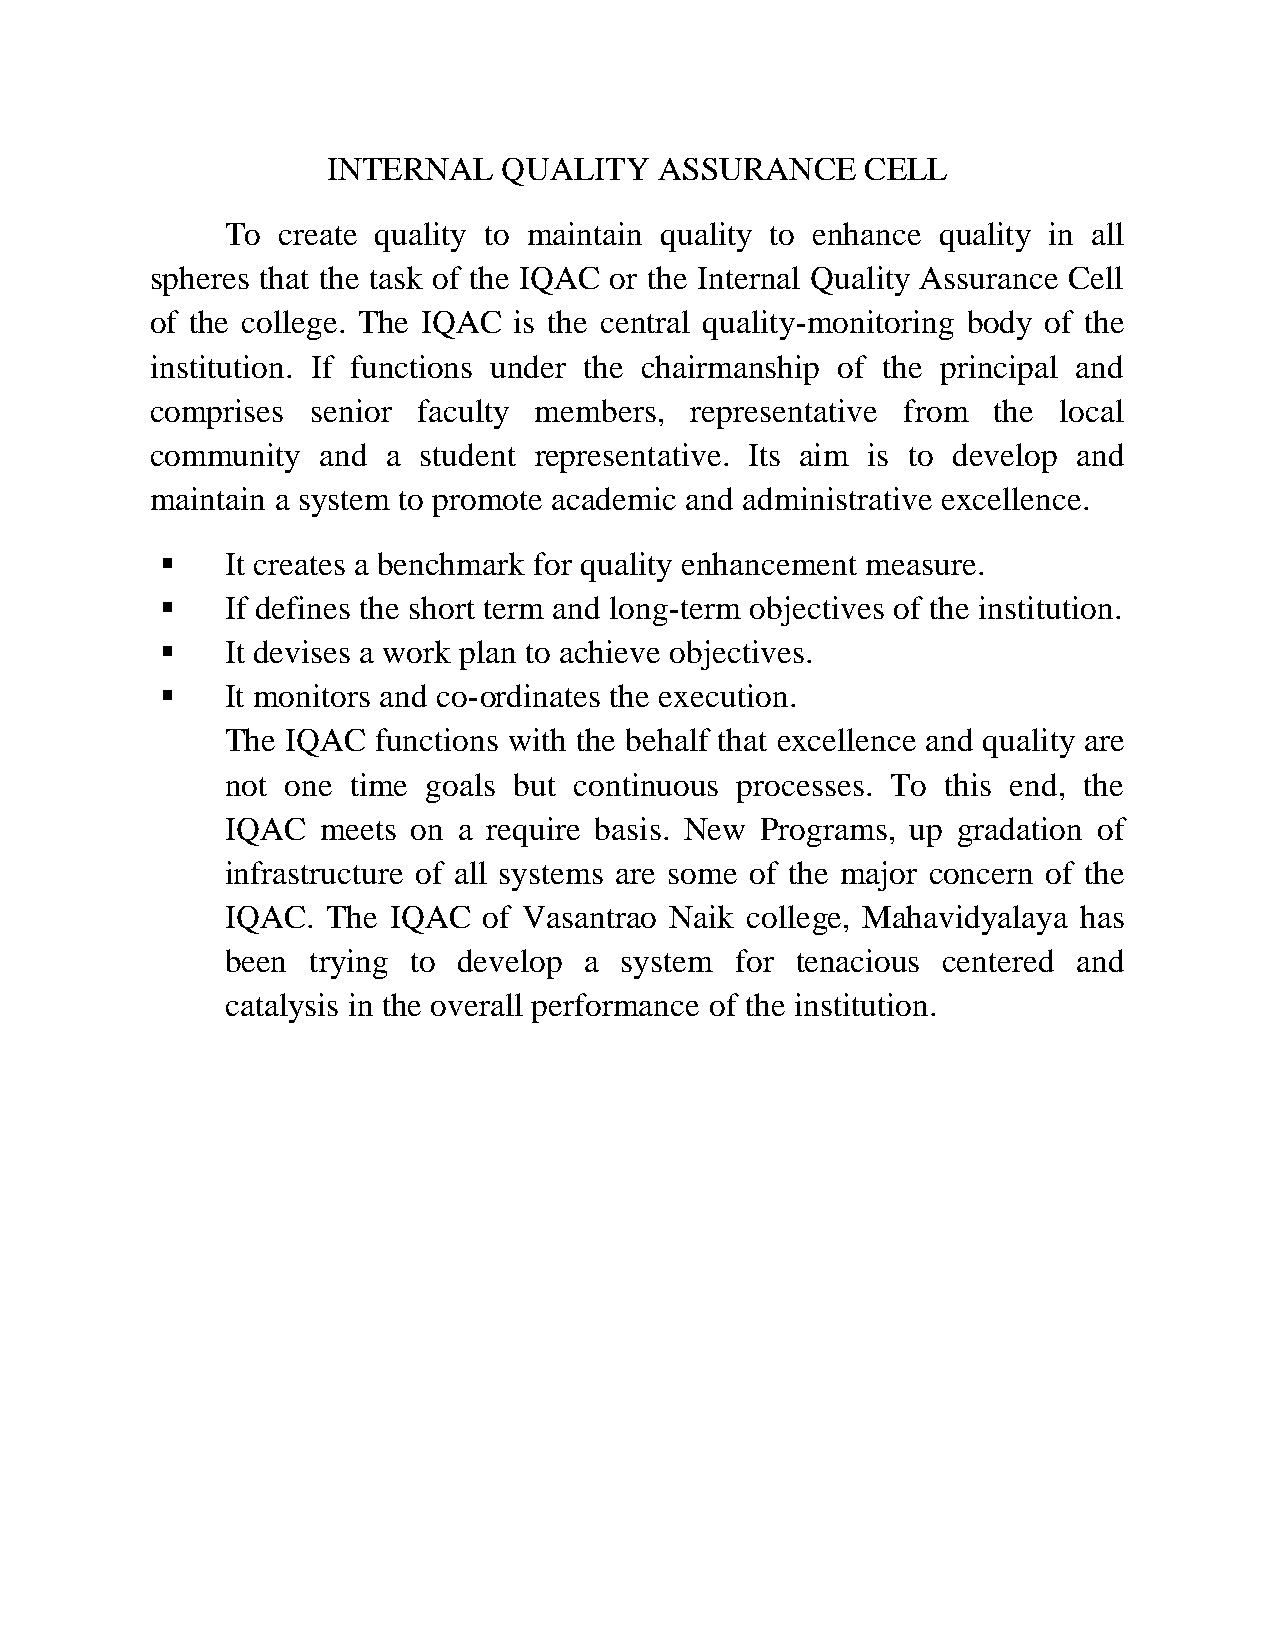
INTERNAL   QUALITY    ASSURANCE    CELL
 To create quality to maintain quality to enhance quality in all
 spheres that the task of the IQAC or the Internal Quality Assurance Cell
 of the college. The IQAC is the central quality-monitoring body of the
 institution. If functions under the chairmanship of the principal and
 comprises  senior faculty members,  representative from the local
 community  and  a student representative. Its aim is to develop and
 maintain a system to promote academic and administrative excellence.
    It creates a benchmark for quality enhancement measure.
    If defines the short term and long-term objectives of the institution.
    It devises a work plan to achieve objectives.
    It monitors and co-ordinates the execution.
 The IQAC  functions with the behalf that excellence and quality are
 not one time goals but continuous processes. To this end, the
 IQAC  meets on a require basis. New Programs, up gradation of
 infrastructure of all systems are some of the major concern of the
 IQAC.  The IQAC  of Vasantrao Naik college, Mahavidyalaya has
 been trying to develop  a system  for tenacious centered and
 catalysis in the overall performance of the institution.